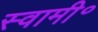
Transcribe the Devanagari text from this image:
स्वामी॰